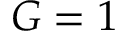
G = 1